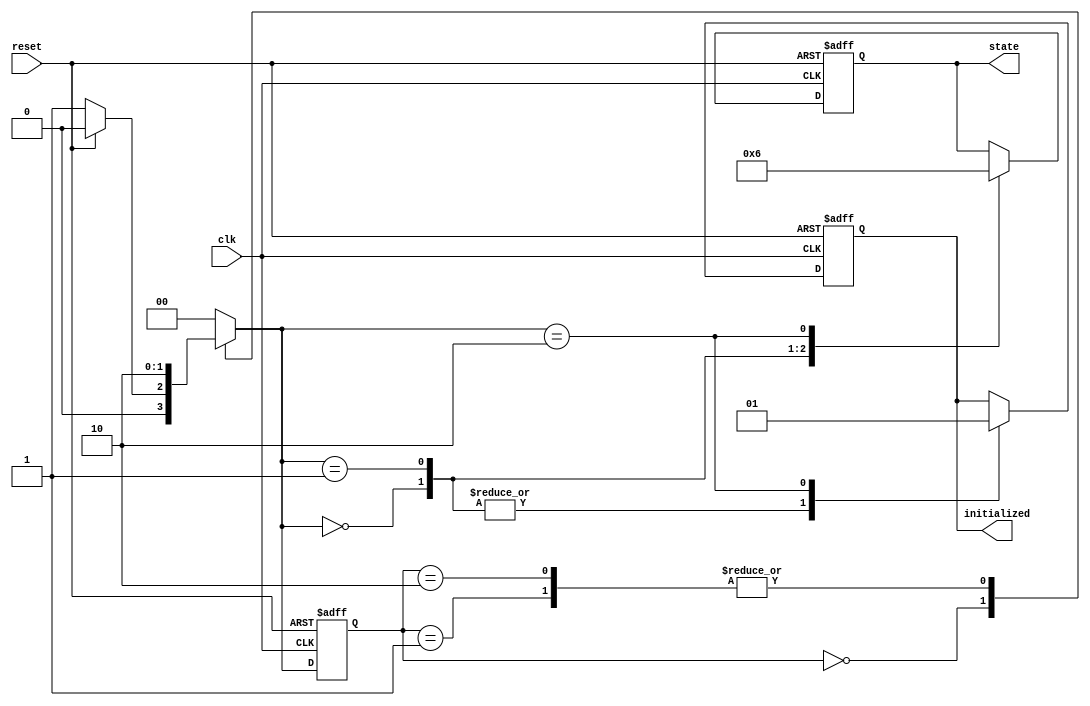
module ClockCycleInitialization (
    input wire clk,          // Clock signal
    input wire reset,        // Asynchronous reset signal
    output reg initialized,  // Initialization completed signal
    output reg [1:0] state   // Current state of the system
);

    // State encoding
    localparam IDLE        = 2'b00;
    localparam INITIALIZING = 2'b01;
    localparam READY       = 2'b10;

    // Internal state variable
    reg [1:0] current_state, next_state;

    // State transition logic
    always @(*) begin
        case (current_state)
            IDLE: begin
                if (!reset) begin
                    next_state = INITIALIZING; // Transition to INITIALIZING on clock edge
                end else begin
                    next_state = IDLE; // Stay in IDLE if reset is asserted
                end
            end
            INITIALIZING: begin
                // Here you can add your initialization logic
                // For example, setting registers or outputs
                next_state = READY; // Transition to READY after initialization
            end
            READY: begin
                next_state = READY; // Stay in READY state
            end
            default: begin
                next_state = IDLE; // Default to IDLE state
            end
        endcase
    end

    // State update and output logic
    always @(posedge clk or posedge reset) begin
        if (reset) begin
            current_state <= IDLE; // Reset to IDLE state
            initialized <= 1'b0;   // Initialization not completed
            state <= IDLE;         // Set output state to IDLE
        end else begin
            current_state <= next_state; // Update current state
            case (next_state)
                IDLE: begin
                    initialized <= 1'b0; // Not initialized
                    state <= IDLE;       // Output state is IDLE
                end
                INITIALIZING: begin
                    initialized <= 1'b0; // Still initializing
                    state <= INITIALIZING; // Output state is INITIALIZING
                end
                READY: begin
                    initialized <= 1'b1; // Initialization completed
                    state <= READY;      // Output state is READY
                end
            endcase
        end
    end

endmodule